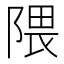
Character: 隈